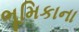
ભૂમિકાના